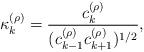
LaTeX: \begin{align*}\kappa_k^{(\rho)} = \frac{c_k^{(\rho)}}{(c_{k-1}^{(\rho)}c_{k+1}^{(\rho)})^{1/2}},\end{align*}